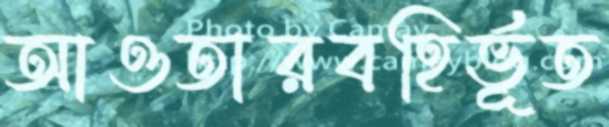
আওতারবহির্ভূত